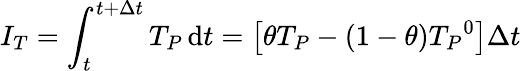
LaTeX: I_{T}=\int_{t}^{t+\Delta t}T_{P}\, \mathrm{d}t=\left[\theta T_{P}-\left(1-\theta\right){T_{P}}^{0}\right]\Delta t